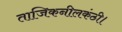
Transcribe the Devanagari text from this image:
ताजिकनीलकंठी।